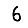
Digit: 6